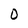
Character: O